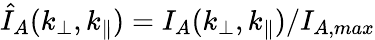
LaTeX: \hat{I}_{A}(k_{\perp},k_{\parallel})=I_{A}(k_{\perp},k_{\parallel})/I_{A,max}